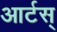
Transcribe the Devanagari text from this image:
आर्टस्‌